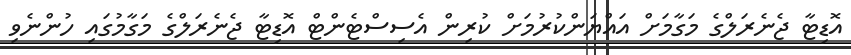
އޮޑިޓާ ޖެެނެރަލްގެ މަގާމަށް އައްޔަންކުރުމަށް ކުރިން އެސިސްޓެންޓް އޮޑިޓާ ޖެނެރަލްގެ މަގާމުގައި ހުންނެވި